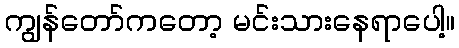
ကျွန်တော်ကတော့ မင်းသားနေရာပေါ့။